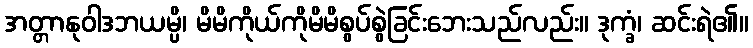
အတ္တာနုဝါဒဘယမ္ပိ၊ မိမိကိုယ်ကိုမိမိစွပ်စွဲခြင်းဘေးသည်လည်း။ ဒုက္ခံ၊ ဆင်းရဲ၏။